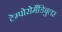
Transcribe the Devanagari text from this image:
टेम्पोरोमैंडिबुलर